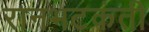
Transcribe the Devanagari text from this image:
रानभटकंती